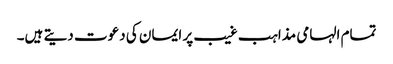
تمام الہامی مذاہب غیب پر ایمان کی دعوت دیتے ہیں۔